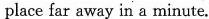
place far away in a minute.